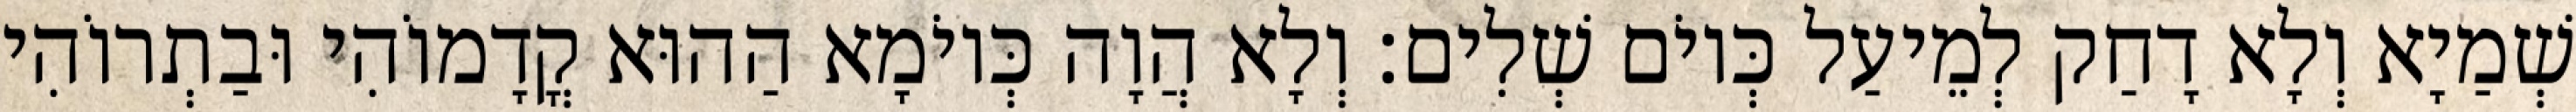
שְׁמַיָא וְלָא דָחַק לְמֵיעַל כְּיוֹם שְׁלִים׃ וְלָא הֲוָה כְּיוֹמָא הַהוּא קֳדָמוֹהִי וּבַתְרוֹהִי